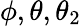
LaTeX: \phi,\theta,\theta_{2}